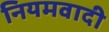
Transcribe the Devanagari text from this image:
नियमवादी